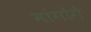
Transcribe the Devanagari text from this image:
मांगोगे